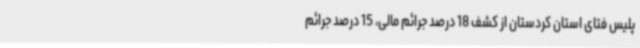
پلیس فتای استان کردستان از کشف 18 درصد جرائم مالی، 15 درصد جرائم